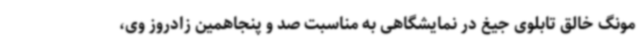
مونگ خالق تابلوی جیغ در نمایشگاهی به مناسبت صد و پنجاهمین زادروز وی،